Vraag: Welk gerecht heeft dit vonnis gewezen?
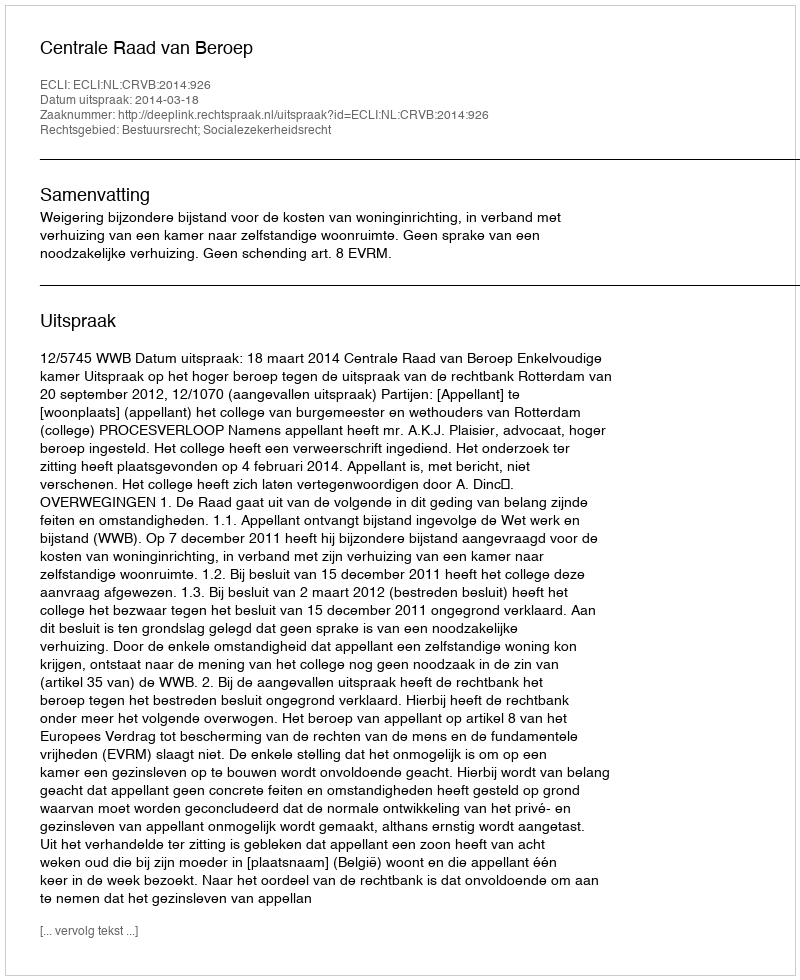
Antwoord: Centrale Raad van Beroep